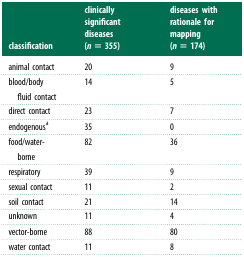
<table><thead><tr><td><b>classification</b></td><td><b>clinically significant diseases (<i>n</i> = 355)</b></td><td><b>diseases with rationale for mapping (<i>n</i> = 174)</b></td></tr></thead><tbody><tr><td>animal contact</td><td>20</td><td>9</td></tr><tr><td>blood/body fluid contact</td><td>14</td><td>5</td></tr><tr><td>direct contact</td><td>23</td><td>7</td></tr><tr><td>endogenous<sup>a</sup></td><td>35</td><td>0</td></tr><tr><td>food/water-borne</td><td>82</td><td>36</td></tr><tr><td>respiratory</td><td>39</td><td>9</td></tr><tr><td>sexual contact</td><td>11</td><td>2</td></tr><tr><td>soil contact</td><td>21</td><td>14</td></tr><tr><td>unknown</td><td>11</td><td>4</td></tr><tr><td>vector-borne</td><td>88</td><td>80</td></tr><tr><td>water contact</td><td>11</td><td>8</td></tr></tbody></table>